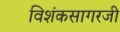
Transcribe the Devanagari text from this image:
विशंकसागरजी